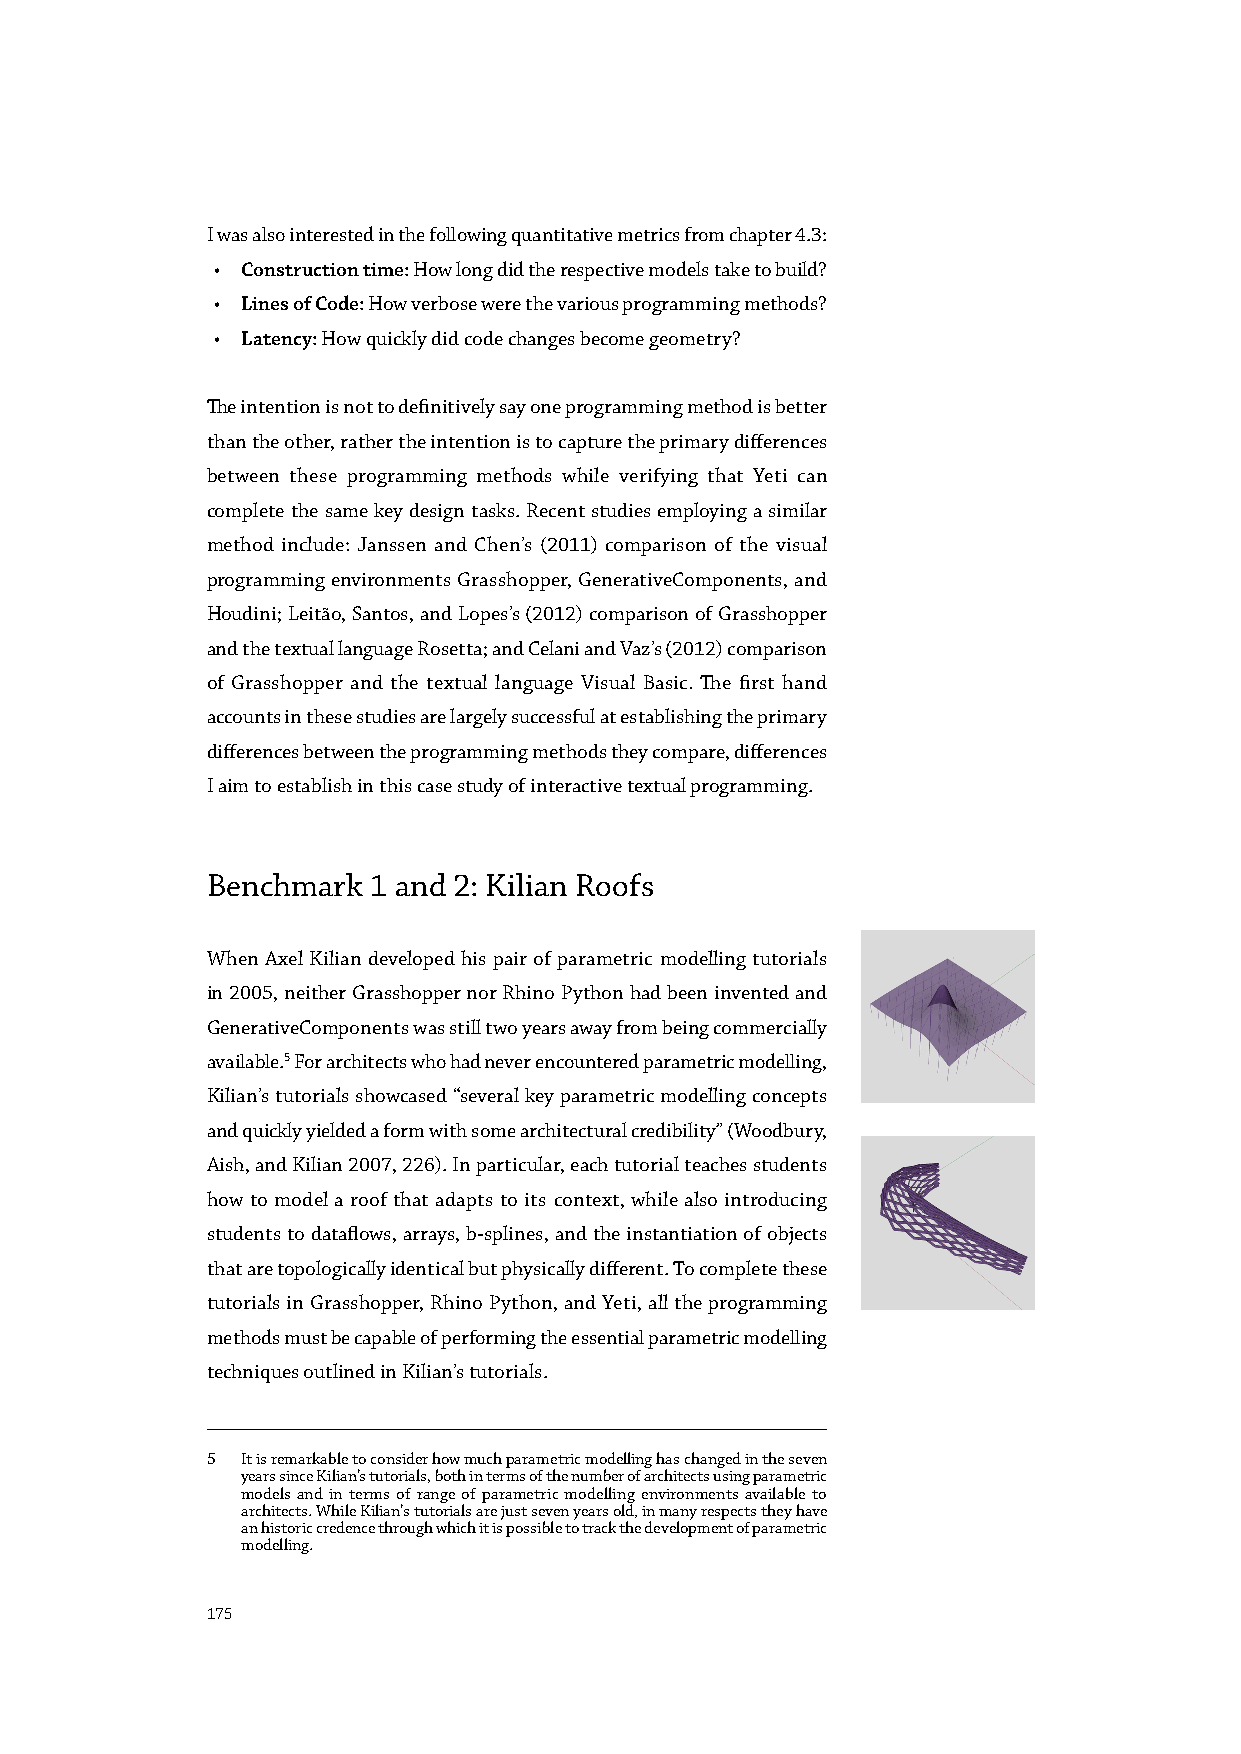
I was also interested in the following quantitative metrics from chapter 4.3:
 • Construction time: How long did the respective models take to build?
 • Lines of Code: How verbose were the various programming methods?
 • Latency: How quickly did code changes become geometry?
 The intention is not to definitively say one programming method is better
 than the other, rather the intention is to capture the primary differences
 between these programming methods while verifying that Yeti can
 complete the same key design tasks. Recent studies employing a similar
 method include: Janssen and Chen’s (2011) comparison of the visual
 programming environments Grasshopper, GenerativeComponents, and
 Houdini; Leitão, Santos, and Lopes’s (2012) comparison of Grasshopper
 and the textual language Rosetta; and Celani and Vaz’s (2012) comparison
 of Grasshopper and the textual language Visual Basic. The first hand
 accounts in these studies are largely successful at establishing the primary
 differences between the programming methods they compare, differences
 I aim to establish in this case study of interactive textual programming.
 Benchmark 1 and 2: Kilian Roofs
 When Axel Kilian developed his pair of parametric modelling tutorials
 in 2005, neither Grasshopper nor Rhino Python had been invented and
 GenerativeComponents was still two years away from being commercially
 available.5 For architects who had never encountered parametric modelling,
 Kilian’s tutorials showcased “several key parametric modelling concepts
 and quickly yielded a form with some architectural credibility” (Woodbury,
 Aish, and Kilian 2007, 226). In particular, each tutorial teaches students
 how to model a roof that adapts to its context, while also introducing
 students to dataflows, arrays, b-splines, and the instantiation of objects
 that are topologically identical but physically different. To complete these
 tutorials in Grasshopper, Rhino Python, and Yeti, all the programming
 methods must be capable of performing the essential parametric modelling
 techniques outlined in Kilian’s tutorials.
 5 It is remarkable to consider how much parametric modelling has changed in the seven
 years since Kilian’s tutorials, both in terms of the number of architects using parametric
 models and in terms of range of parametric modelling environments available to
 architects. While Kilian’s tutorials are just seven years old, in many respects they have
 an historic credence through which it is possible to track the development of parametric
 modelling.
 175